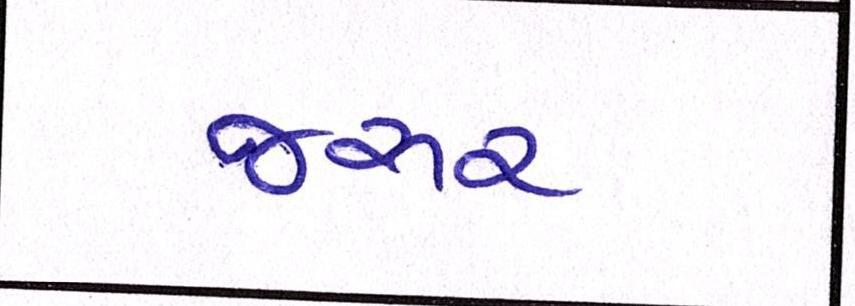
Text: જરૂર